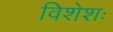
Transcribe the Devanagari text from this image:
विशेशः